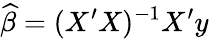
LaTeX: {\widehat{\beta}}=(X^{\prime}X)^{-1}X^{\prime}y